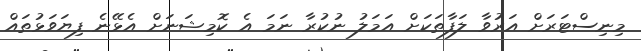
މިނިސްޓަރަށް އަރުވާ ލަފާތަކަށް އަމަލު ނުކުރާ ނަމަ އެ ކޮމިޝަނަށް އެޅޭނެ ފިޔަވަޅުތައް